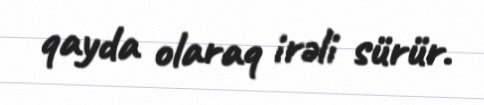
qayda olaraq irəli sürür.